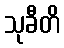
သုခီတိ